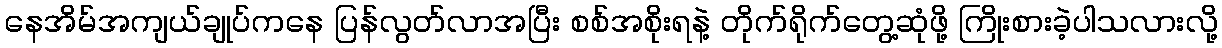
နေအိမ်အကျယ်ချုပ်ကနေ ပြန်လွတ်လာအပြီး စစ်အစိုးရနဲ့ တိုက်ရိုက်တွေ့ဆုံဖို့ ကြိုးစားခဲ့ပါသလားလို့